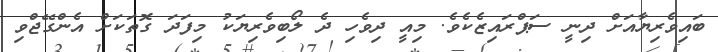
ބައިވެރިޔާއަށް ދިނީ ސަޕްރައިޒެކެވެ. މިއީ ދިވެހި ދެ ލޯބިވެރިޔަކު މިފަދަ ގޮތަކަށް އެންގޭޖްވި